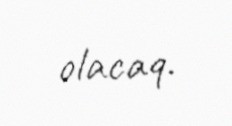
olacaq.